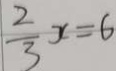
\frac { 2 } { 3 } x = 6